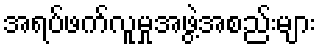
အရပ်ဖက်လူမှုအဖွဲ့အစည်းများ